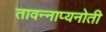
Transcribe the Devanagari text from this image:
तावन्नाप्यनोती